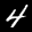
Label: 4